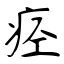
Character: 痉